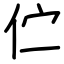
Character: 伫